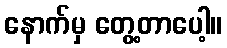
နောက်မှ တွေ့တာပေါ့။